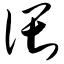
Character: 偎